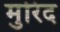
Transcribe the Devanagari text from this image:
मुरिद